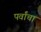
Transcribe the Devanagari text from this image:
पर्वांचा